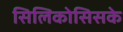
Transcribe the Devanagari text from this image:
सिलिकोसिसके